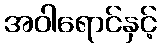
အဝါရောင်နှင့်